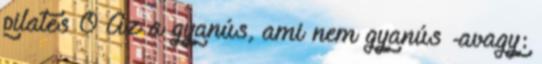
pilates 0 Az a gyanús, ami nem gyanús -avagy: